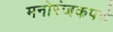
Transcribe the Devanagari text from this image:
मनोरंजकपणे